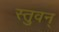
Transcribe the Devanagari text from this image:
स्तुवन्